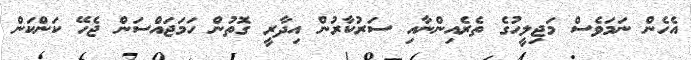
އެހެން ނަމަވެސް މަޖިލީހުގެ ތެރެއިންނާއި ސަރުކާރުން އިދާރީ ގޮތުން ހަމަޖައްސަން ޖެހޭ ކަންކަން